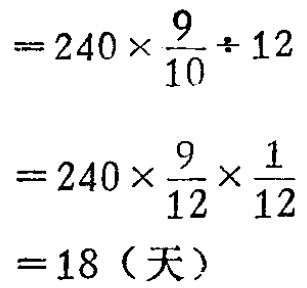
\[

\begin{align*}

&=240\times\frac{9}{10}\div12\\

&=240\times\frac{9}{12}\times\frac{1}{12}\\

&=18（天）

\end{align*}

\]